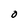
Character: O